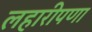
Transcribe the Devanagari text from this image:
लहारीपणा